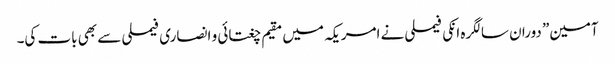
آمین” دوران سالگرہ انکی فیملی نے امریکہ میں مقیم چغتائی و انصاری فیملی سے بھی بات کی۔